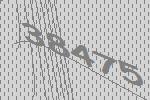
38475